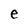
Character: e